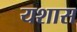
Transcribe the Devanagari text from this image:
यशास